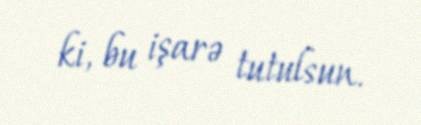
ki, bu işarə tutulsun.